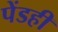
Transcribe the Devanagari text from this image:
पेंडही